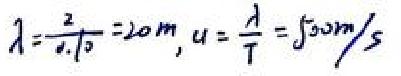
\(\lambda=\frac{2}{0.10}=20m\)，\(u = \frac{\lambda}{T}=50m/s\)